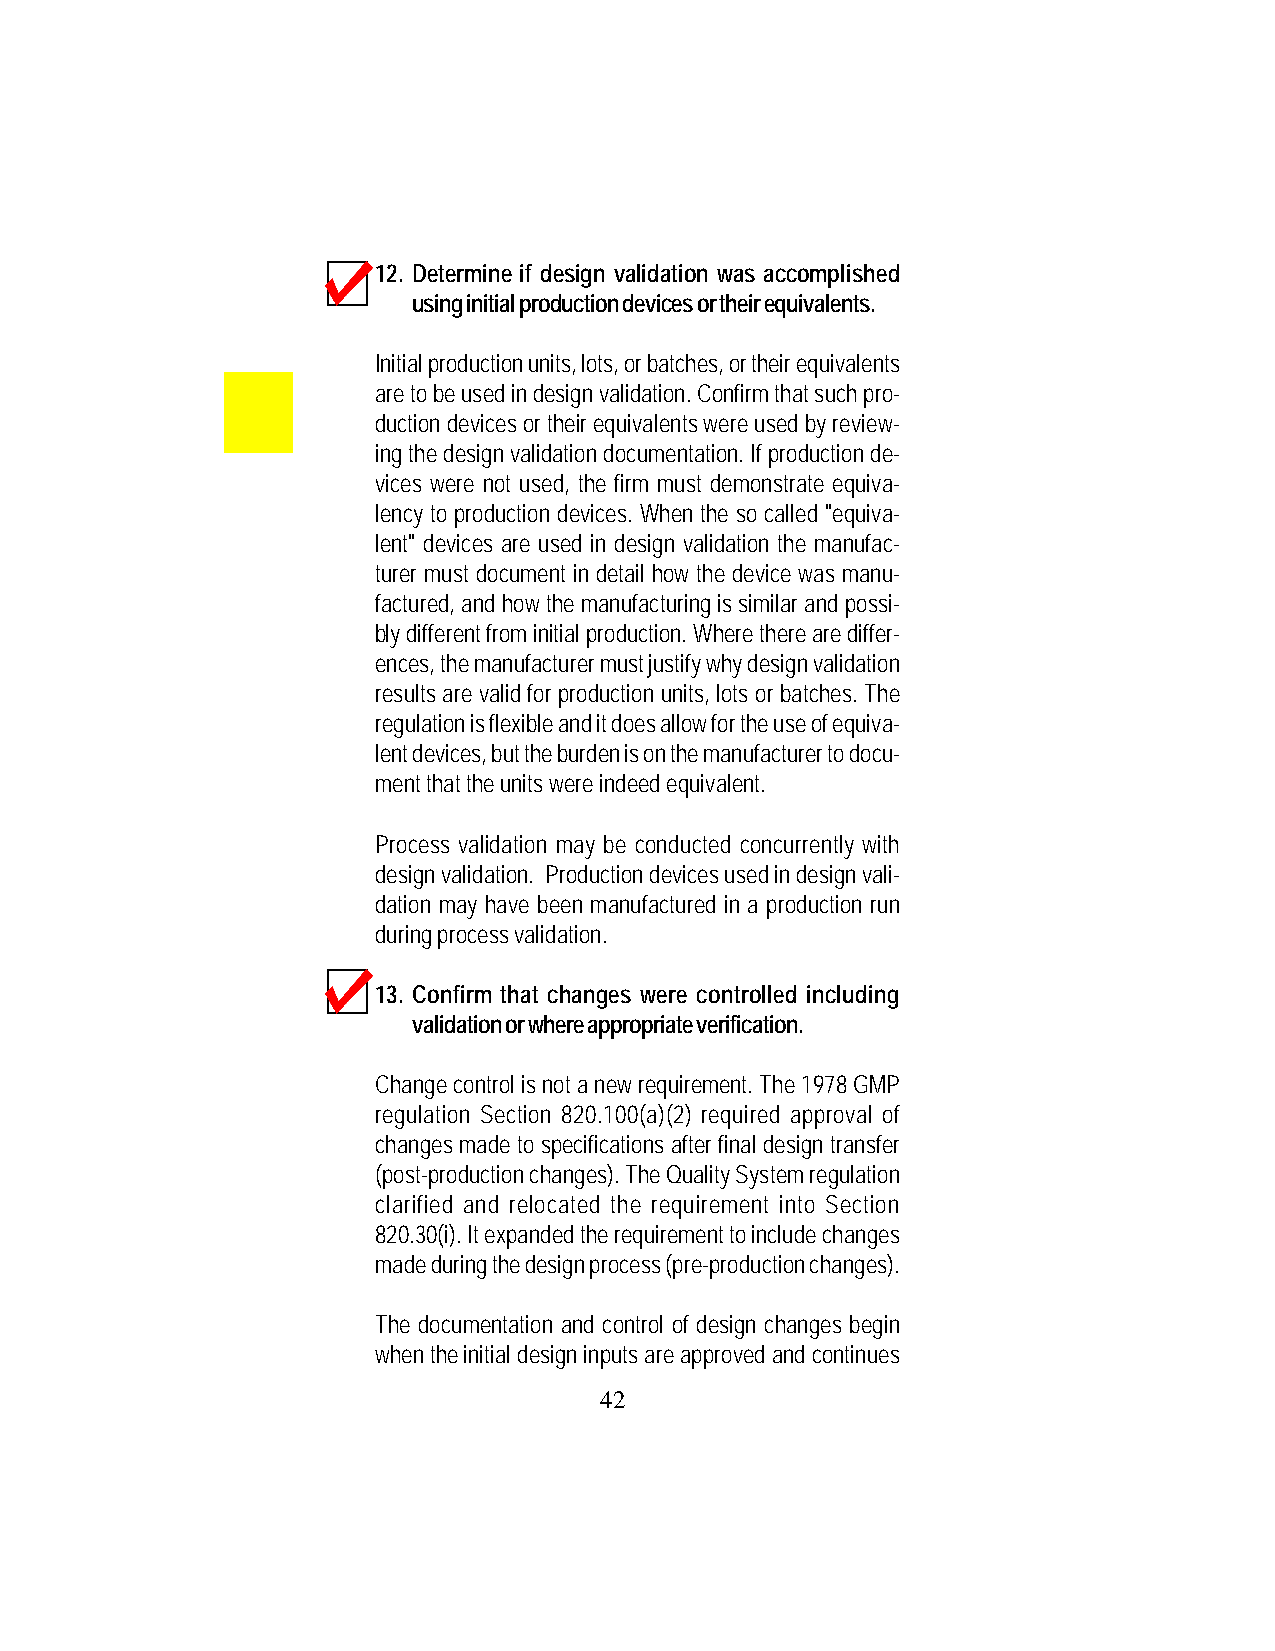
12. Determine if design validation was accomplished
 using initial production devices or their equivalents.
 Initial production units, lots, or batches, or their equivalents
 are to be used in design validation. Confirm that such pro-
 duction devices or their equivalents were used by review-
 ing the design validation documentation. If production de-
 vices were not used, the firm must demonstrate equiva-
 lency to production devices. When the so called "equiva-
 lent" devices are used in design validation the manufac-
 turer must document in detail how the device was manu-
 factured, and how the manufacturing is similar and possi-
 bly different from initial production. Where there are differ-
 ences, the manufacturer must justify why design validation
 results are valid for production units, lots or batches. The
 regulation is flexible and it does allow for the use of equiva-
 lent devices, but the burden is on the manufacturer to docu-
 ment that the units were indeed equivalent.
 Process validation may be conducted concurrently with
 design validation. Production devices used in design vali-
 dation may have been manufactured in a production run
 during process validation.
 13. Confirm that changes were controlled including
 validation or where appropriate verification.
 Change control is not a new requirement. The 1978 GMP
 regulation Section 820.100(a)(2) required approval of
 changes made to specifications after final design transfer
 (post-production changes). The Quality System regulation
 clarified and relocated the requirement into Section
 820.30(i). It expanded the requirement to include changes
 made during the design process (pre-production changes).
 The documentation and control of design changes begin
 when the initial design inputs are approved and continues
 42